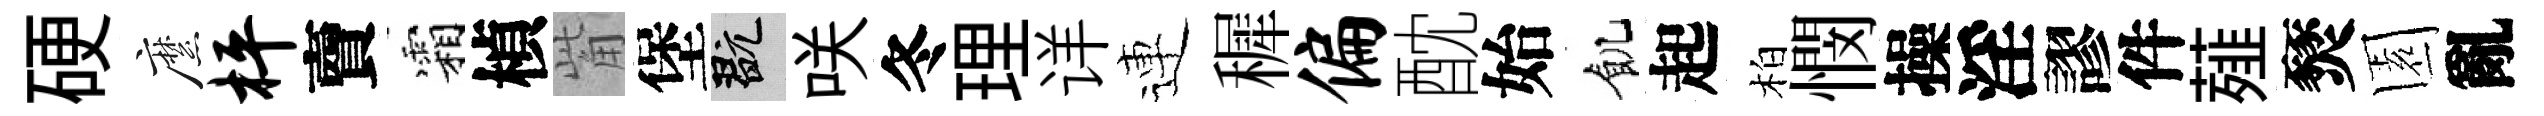
硬縻枰𧶠霜楨觜堡玩咲冬理详連穉偏酖始飢起柏憫操淫謬件薤燹園亂